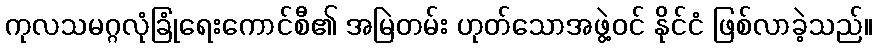
ကုလသမဂ္ဂလုံခြုံရေးကောင်စီ၏ အမြဲတမ်း ဟုတ်သောအဖွဲ့ဝင် နိုင်ငံ ဖြစ်လာခဲ့သည်။